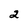
Character: 2